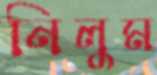
নিলুম